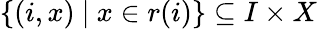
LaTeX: \{ (i,x)~|~x\in r(i)\} \subseteq I\times X